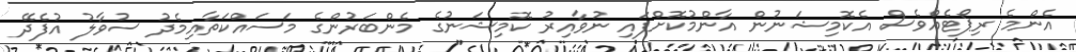
އެންމެ ރިޕޯޓެއްވެސް އެކޮމިޝަނުން އާންމުކޮށްފައި ނުވާއިރު ކޮމިޝަނުގެ މެންބަރުންގެ މަސައްކަތާއިމެދު ސުވާލު އުފެދޭ